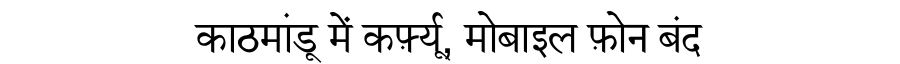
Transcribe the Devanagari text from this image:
काठमांडू में कर्फ़्यू, मोबाइल फ़ोन बंद